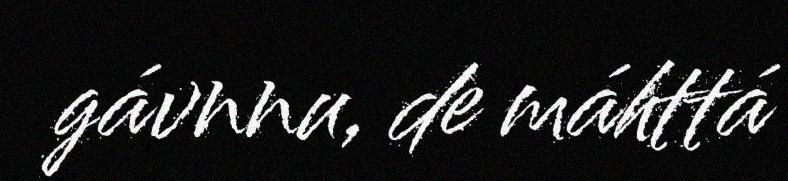
gávnnu, de máhttá